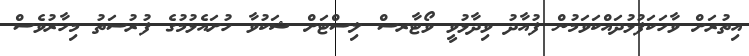
އިތުރަށް ވާހަކަފުޅުދައްކަވަމުން ފުއާދު ވިދާޅުވީ ވޯޓާރސް ލިސްޓަށް ޝަކުވާ ހުށައެޅުމުގެ ފުރުސަތު މިހާރުވެސް